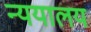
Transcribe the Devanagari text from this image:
न्ययालय